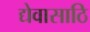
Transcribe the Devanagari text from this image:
द्येवासाठि